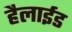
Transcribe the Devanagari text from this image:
हैलाईड